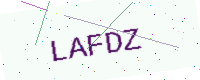
Text: LAFDZ